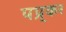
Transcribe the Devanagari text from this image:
पप्र्कर